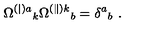
\Omega ^ { ( | ) a } { } _ { k } \Omega ^ { ( \| ) k } { } _ { b } = \delta ^ { a } { } _ { b } \ .